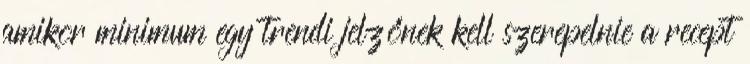
amikor minimum egy trendi jelzőnek kell szerepelnie a recept